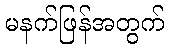
မနက်ဖြန်အတွက်